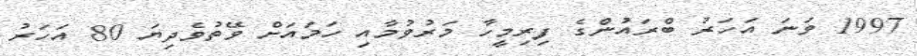
1997 ވަނަ އަހަރު ބްރައުންގެ ފިރިމީހާ މަރުވުމާއި ހަމައަށް ވޭތުވެދިޔަ 80 އަހަރު